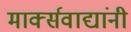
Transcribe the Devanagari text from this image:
मार्क्‍सवाद्यांनी